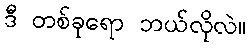
ဒီ တစ်ခုရော ဘယ်လိုလဲ။